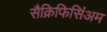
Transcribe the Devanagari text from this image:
सैक्रिफिसिंअम